Calcutta medical institutions reports 1892-1900
Year: 1892
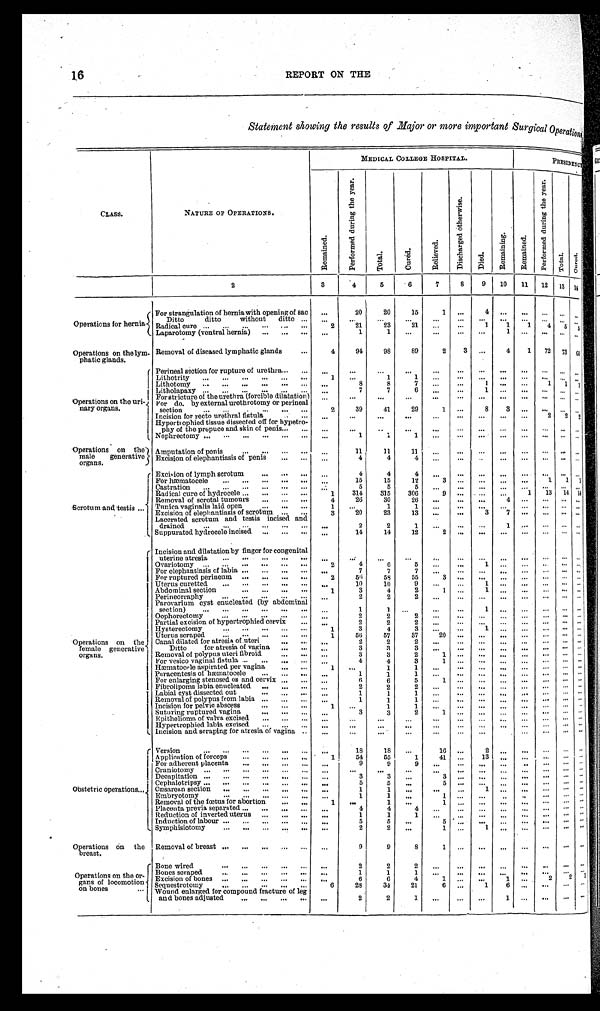
16
REPORT ON THE
Statement showing the results of Major or more important Surgical Operations
CLASS.
NATURE OF OPERATIONS.
MEDICAL COLLEGE HOSPITAL.
PRESIDENCY
R e m a i n e d .
P e r f o r m e d d u r i n g t h e y e a r .
T o t a l .
C u r e d .
R e l i e v e d .
D i s c h a r g e d o t h e r w i s e .
D i e d .
R e m a i n i n g .
R e m a i n e d .
P e r f o r m e d d u r i n g t h e y e a r .
T o t a l .
Cured.
2
3
4
5
6
7
8
9
10
11
12
13
14
Operations for hernia
For strangulation of hernia with opening of sac
. . .
20
20
15
1
. . .
4
. . . . . .
. . . . . . . . .
Ditto ditto without ditto . . .
. . .
. . .
. . .
. . .
. . .
. . .
. . .
. . . . . .
. . .
. . . . . .
Radical cure . . .
2
21
23
21
. . .
. . .
1
1
1
4
5
5
Laparotomy (ventral hernia) . . .
. . .
1
1
. . .
. . .
. . .
. . .
. . .
1
. . .
. . . . . .
Operations on the lym-
phatic glands.
Removal of diseased lymphatic glands . . .
4
94
98
89
2
3
. . .
4
1
72
73
60
Operations on the uri-
nary organs.
Perineal section for rupture of urethra . . .
. . .
. . .
. . .
. . .
. . .
. . .
. . . . . .
. . .. . .
. . . . . .
Lithotrity . . .
1
. . .
1
1
. . .
. . .
. . . . . .
. . .. . .
. . .
. . .
Lithotomy . . .
. . .
8
8
7
. . .
. . .
1
. . .
. . .
1
1
1
Litholapaxy . . .
. . .
7
7
6
. . .
. . .
1
. . .
. . .. . .
. . . . . .
For stricture of the urethra (forcible dilatation)
. . .
. . .
. . .
. . .
. . .
. . .
. . .
. . .
. . .
. . . . . . . . .
For do. by external urethrotomy or perineal
section
. . .
2
39
41
29
1
. . .
8
3
. . .
. . .
. . .
. . .
Incision for recto urethral fistula . . .
. . .
. . .
. . .
. . .
. . .
. . .
. . .
. . .
. . .
2
2 2
Hypertrophied tissue dissected off for hypetro-
phy of the prepuce and skin of penis . . .
. . .
. . .
. . .
. . .
. . .
. . .
. . .
. . .
. . .
. . .
. . .
. . .
Nephrectomy . . .
. . .
1
1
1
. . .
. . .
. . .
. . .
. . .
. . .
. . .
. . .
Operations on the
male generative
organs .
Amputation of penis . . .
. . .
11
11
11
. . .
. . .
. . .
. . .
. . .
. . .
. . .
. . .
Excision of elephantiasis of penis . . .
. . .
4
4
4
. . .
. . .
. . .
. . .
. . .
. . . . . .
. . .
S c r o t u m a n d t e s t i s . . .
Excision of lymph scrotum . . .
. . .
4
4
4
. . .
. . .
. . .
. . . . . .
. . . . . .
. . .
For hæmatocele . . .
. . .
15
15
12
3
. . .
. . .
. . .
. . .
1
1
1
Castration . . .
. . .
5
5
5
. . .
. . .
. . .
. . . . . .
. . .
. . . . . .
Radical cure of hydrocele . . .
1
314
315
306
9
. . .
. . .
. . .
1
1 3
14
14
Removal of scrotal tumours . . .
4
26
30
26
. . .
. . .
. . . 4
. . .
. . .
. . . . . .
Tunica vaginalis laid open . . .
1
. . .
1
1
. . .
. . .
. . . . . .
. . .
. . .
. . . . . .
Excision of elephantiasis of scrotum . . .
3
20
23
13
. . .
. . .
3
7
. . .
. . .
. . . . . .
Lacerated scrotum and testis incised and
drained . . .
. . .
2
2
1
. . .
. . .
. . .
1
. . .
. . .
. . . . . .
Suppurated hydrocele incised . . .
. . .
14
14
12 2
. . .
. . . . . .
. . .
. . .
. . . . . .
Operations on the
female generative
organs.
Incision and dilatation by finger for congenital
uterine atresia . . .
. . .
. . .
. . .
. . .
. . .
. . .
. . . . . .
. . .. . .
. . . . . .
Ovariotomy . . .
2
4
6
5
. . .
. . .
1
. . .
. . . . . .
. . . . . .
For elephantiasis of labia . . .
. . .
7
7
7 . . .
. . .
. . .
. . .
. . . . . .
. . . . . .
For ruptured perineum . . .
2
56
58
55 3
. . .
. . .
. . .
. . .
. . . . . . . . .
Uterus curetted . . .
. . .
10
10
9
. . .
. . .
1 . . .
. . .
. . .
. . . . . .
Abdominal section . . .
1
3
4
2
1
. . .
1
. . .
. . .
. . .
. . . . . .
Perineorraphy . . .
. . .
2
2
2
. . .
. . .
. . .
. . .
. . .
. . . . . .
. . .
Parovarium cyst enucleated (by abdominal
section) . . .
. . .
1
1
. . .
. . .
. . .
1
. . .
. . .
. . . . . . . . .
Oophorectomy . . .
. . .
2
2
2
. . .
. . .
. . .
. . .
. . .
. . .
. . . . . .
Partial excision of hypertrophied cervix . . .
. . .
2
2
2
. . .
. . .
. . .
. . .
. . .
. . .
. . . . . .
Hysterectomy . . .
1
3
4
3
. . .
. . .
1
. . .
. . .
. . . . . . . . .
Uterus scraped . . .
1
56
57
37
20
. . .
. . .
. . .
. . .
. . . . . . . . .
Canal dilated for atresia of uteri
. . .
2
2
2
. . .
. . .
. . .
. . .
. . .
. . .
. . . . . .
Ditto for atresia of vagina . . .
. . .
3
3
3 . . .
. . .
. . .
. . .
. . .
. . . . . . . . .
Removal of polypus uteri fibroid . . .
. . .
3
3
2
1
. . .
. . .
. . .
. . .
. . . . . . . . .
For vesico vaginal fistula . . .
. . .
4
4
3
1
. . .
. . . . . .
. . .
. . .
. . . . . .
Hæmatocele aspirated per vagina . . .
1
. . .
1
1
. . .
. . .
. . .
. . .
. . .
. . .
. . .
. . .
Paracentesis of hæmatocele . . .
. . .
1
1
1 . . .
. . .
. . .
. . .
. . .
. . .
. . . . . .
For enlarging stenosed os and cervix . . .
. . .
6
6
5
1
. . .
. . .
. . .
. . .
. . .
. . . . . .
Fibrolipoma labia enucleated . . .
. . .
2
2
2
. . . . . .
. . .
. . .
. . .
. . .
. . . . . .
Labial dissected out
. . .
. . .
1
1
1
. . .
. . .
. . .
. . .
. . .
. . . . . . . . .
Removal of polypus from labia . . .
. . .
1
1
1
. . .
. . .
. . .
. . .
. . .
. . . . . . . . .
Incision for pelvic abscess . . .
1
. . .
1
1 . . .
. . .
. . .
. . .
. . .
. . . . . . . . .
Suturing ruptured vagina . . .
. . .
3
3
2
1
. . .
. . .
. . .
. . .
. . .
. . . . . .
Epithelioma of valva excised . . .
. . .
. . .
. . .
. . .
. . .
. . .
. . .
. . .
. . .
. . . . . . . . .
Hypertrophied labia excised . . .
. . .
. . .
. . .
. . .
. . .
. . .
. . .
. . .
. . .
. . .
. . . . . .
Incision and scraping for atresia of vagina . . .
. . .
. . .
. . .
. . .
. . .
. . .
. . .
. . .
. . .
. . . . . . . . .
Obstetric operations . . .
Version . . .
. . .
18
1 8
. . .
16
. . .
2
. . .
. . .
. . .
. . . . . .
Application of forceps . . .
1
54
55
1
41
. . . 13
. . .
. . .. . .
. . .
. . .
For adherent placenta . . .
. . .
9
9
9
. . .
. . . . . .
. . .
. . .. . .
. . . . . .
Craniotomy . . .
. . .
. . .
. . .
. . .
. . .
. . .
. . .
. . .
. . .
. . . . . . . . .
Decapitation . . .
. . .
3
3
. . .
3
. . .
. . .
. . .
. . .
. . .
. . . . . .
Cephalotripsy . . .
. . .
5
5
. . .
5
. . .
. . .
. . .
. . .
. . .
. . . . . .
Cæsarean section . . .
. . .
1
1
. . .
. . .
. . .
1
. . .
. . .
. . .
. . . . . .
Embryotomy . . .
. . .
1
1
. . .
1
. . .
. . .
. . .
. . .
. . .
. . . . . .
Removal of the fœtus for abortion . . .
1
. . .
1
. . .
1
. . .
. . .
. . .
. . .
. . .
. . . . . .
Placenta previa separated . . .
. . .
4
4
4
. . .
. . .
. . .
. . .
. . .
. . .
. . . . . .
Reduction of inverted uterus . . .
. . .
1
1
1
. . .
. . .
. . .
. . .
. . .
. . .
. . . . . .
Induction of labour . . .
. . .
5
5
. . .
5
. . .
. . .
. . .
. . .
. . .. . . . . .
Symphisiotomy . . .
. . .
2
2
. . .
1
. . .
1
. . .
. . .
. . .
. . .. . .
Operations on the
breast.
Removal of breast . . .
. . .
9
9
8
1
. . .
. . .
. . .
. . .
. . .
. . .. . .
Operations on the or-
gans of locomotion
on bones . . .
Bone wired . . .
. . .
2
2
2
. . .
. . .
. . .
. . .
. . .
. . .
. . .. . .
Bones scraped . . .
. . .
1
1
1
. . .
. . .
. . .
. . .
. . .
. . .
. . .. . .
Excision of bones . . .
. . .
6
6
4
1
. . .
. . .
1
. . .
2
2
1
Sequestrotomy . . .
6
28
34
21
6
. . .
1
6
. . .
. . .
. . .
. . .
Wound enlarged for compound fracture of leg
and bones adjusted . . .
. . .
2
2
1
. . .
. . .
. . .
1
. . .
. . .
. . .
. . .